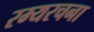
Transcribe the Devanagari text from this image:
रम्यरचना